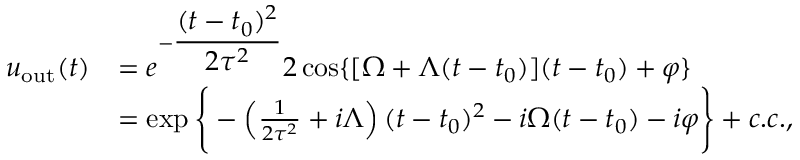
\begin{array} { r l } { u _ { \mathrm { o u t } } ( t ) } & { = e ^ { - \displaystyle \frac { ( t - t _ { 0 } ) ^ { 2 } } { 2 \tau ^ { 2 } } } 2 \cos \{ [ \Omega + \Lambda ( t - t _ { 0 } ) ] ( t - t _ { 0 } ) + \varphi \} } \\ & { = \exp \Bigg \{ - \left( \frac { 1 } { 2 \tau ^ { 2 } } + i \Lambda \right) ( t - t _ { 0 } ) ^ { 2 } - i \Omega ( t - t _ { 0 } ) - i \varphi \Bigg \} + c . c . , } \end{array}